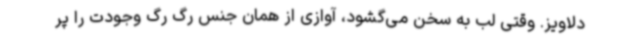
دلاویز. وقتی لب به سخن می‌گشود، آوازی از همان جنس رگ رگ وجودت را پر